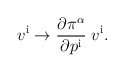
\begin{align*}v^{\mathrm{i}} \rightarrow {\partial \pi^\alpha\over \partial p^{\mathrm{i}}}\; v^{\mathrm{i}}.\end{align*}